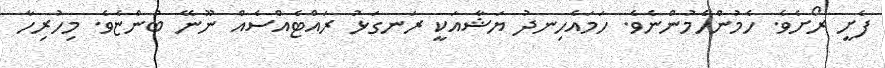
ފެށީ ރޯށެވެ. ހެމުންހެމުންނެވެ. ހަމައެހިނދު ޔަޝާއަކީ ރަނގަޅު ރައްޓެއްސެއް ނޫނޭ ބުންޏެވެ. މިހުރިހާ